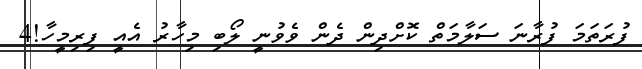
ފުރަތަމަ ފުރާނަ ސަލާމަތް ކޮށްދިން ދެން ވެވުނީ ލޯބި މިހާރު އެއީ ފިރިމީހާ!4